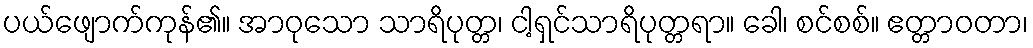
ပယ်ဖျောက်ကုန်၏။ အာဝုသော သာရိပုတ္တ၊ ငါ့ရှင်သာရိပုတ္တရာ။ ခေါ၊ စင်စစ်။ ဧတ္တာဝတာ၊